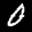
Label: 0